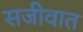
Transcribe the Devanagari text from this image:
सजीवात